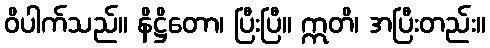
ဝိပါက်သည်။ နိဋ္ဌိတော၊ ပြီးပြီ။ ဣတိ၊ အပြီးတည်း။